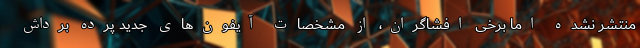
منتشر نشده اما برخی افشاگران، از مشخصات آیفون‌های جدید پرده برداش